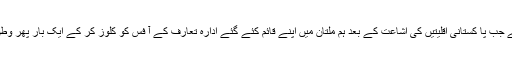
یہ بات ان دنوں کی ہے جب پا کستانی اقلیتیں کی اشاعت کے بعد ہم ملتان میں اپنے قائم کئے گئے ادارہ تعارف کے آ فس کو کلوز کر کے ایک بار پھر وطن واپس آ چکے تھے ۔